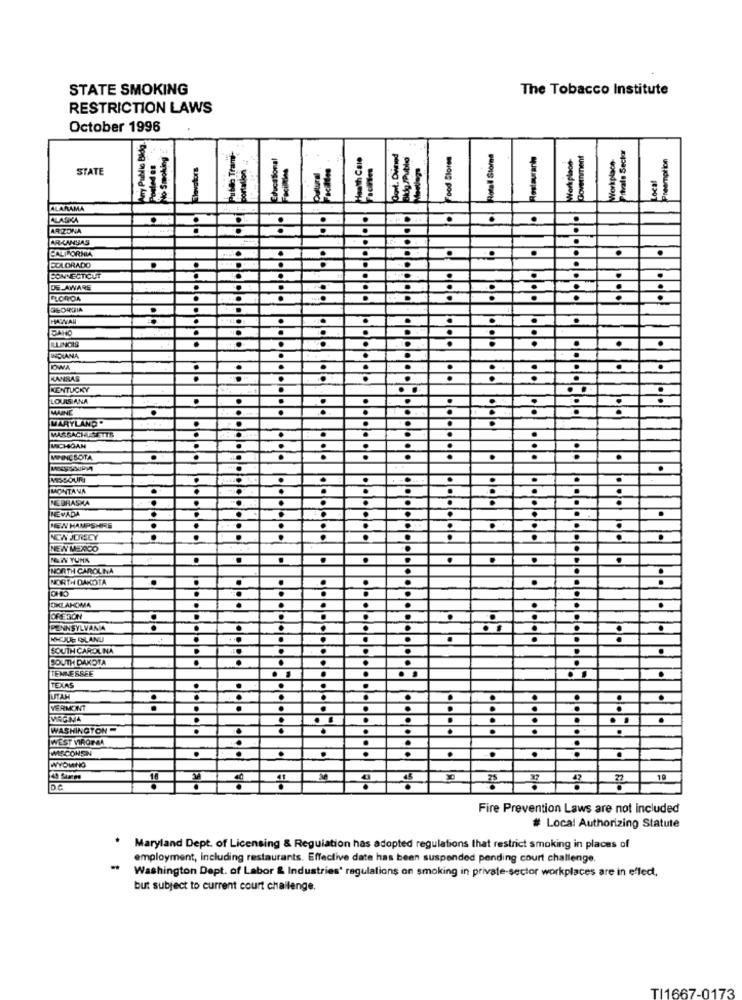
STATE SMOKING
The Tobacco Institute
RESTRICTION LAWS
October 1996
Avery Public Blog
Private Sector
to Smoking
Pulido Trami
Educational
Planth Cale
Cont. Dimed
.Food Stores
.Rotall Stored
. Restaurants
Workplaod-
Government
Workplace-
Preemption
Elovators
portation
Facilites
STATE
Local
ALARAMA
ALASKA
.
ARIZONA
ARKANSAS
.
.
CALIFORNIA
.
.
.
.
EQLORADO
BONNECTICUT
.
.
DE AWARE
.
.
.
GEORGIA
.
.
DANO
.
.
INDIANA
D
DWA
.
.
KANSAS
.
KENTUCKY
.. .. . .
LOUISIANA
.
MAINE
.
.
.
MARYLAND.
.
MASSACHUSETTS
.
MICHIGAN
MINNESOTA
.
.
.
.
.
MISSOURI
.
.
.
.
.
MONTANA
. ...
.
.
.
.
NEBRASKA
.
NEVADA
.
.
.
NEW HAMPSHIRE
.
.
NON JERECY
NEW MEXICO
MAWY TUNK
.
.
.
NORTH CAROLINA
NORTH DAKOTA
..
.
OKLAHOMA
.
.
.
PENNSYLVANIA
.
.
.
NEJDE IBLAND
SOUTH CAROLINA
SOUTH DAKOTA
.
TENNESSEE
. .
... . . . .
TEXAS
.
.
UTAH
.
VERMONT
.
.
.
.
VIRGINIA
WASHINGTON-
WEST VIRGINIA
WISCONSIN
.
.
.
WYOMING
19
Fire Prevention Laws are not included
# Local Authorizing Statute
Maryland Dept. of Licensing & Regulation has adopted regulations that restrict smoking in places of
employment, including restaurants. Effective date has been suspended pending court challenge
Washington Dept. of Labor & Industries' regulations on smoking in private-sector workplaces are in effect,
but subject to current court challenge.
TI1667-0173